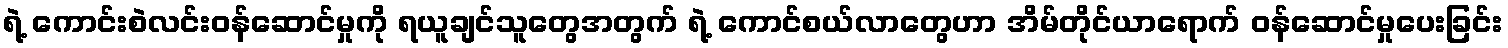
ရဲ့ ကောင်းစဲလင်းဝန်ဆောင်မှုကို ရယူချင်သူတွေအတွက် ရဲ့ ကောင်စယ်လာတွေဟာ အိမ်တိုင်ယာရောက် ဝန်ဆောင်မှုပေးခြင်း